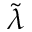
\tilde { \lambda }